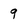
Character: 9